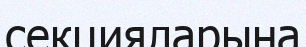
секцияларына